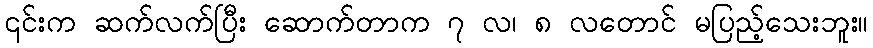
၎င်းက ဆက်လက်ပြီး ဆောက်တာက ၇ လ၊ ၈ လတောင် မပြည့်သေးဘူး။